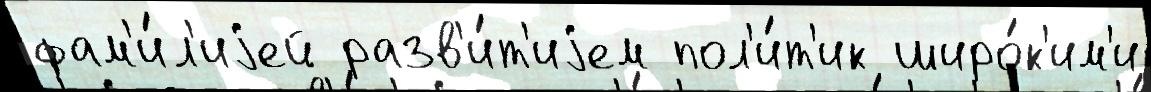
фам'и́л'иjей разв'и́т'иjем пол'и́т'ик широ́к'им'и